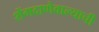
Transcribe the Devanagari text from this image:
शेंगदाणेवाल्याची